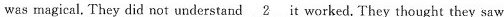
was magical. They did not understand \underline{2} it worked. They thought they saw